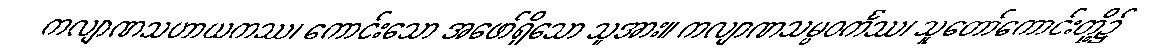
ကလျာဏသဟာယကဿ၊ ကောင်းသော အဖော်ရှိသော သူအား။ ကလျာဏသမ္ပဝင်္ကဿ၊ သူတော်ကောင်းတို့၌